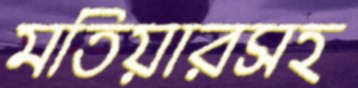
মতিয়ারসহ